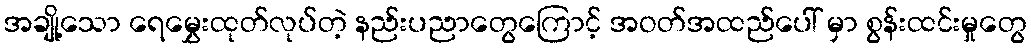
အချို့သော ရေမွှေးထုတ်လုပ်တဲ့ နည်းပညာတွေကြောင့် အဝတ်အထည်ပေါ် မှာ စွန်းထင်းမှုတွေ